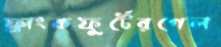
ফ্রাংকফুর্টেরগেল